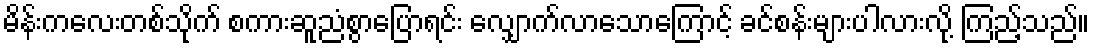
မိန်းကလေးတစ်သိုက် စကားဆူညံစွာပြောရင်း လျှောက်လာသောကြောင့် ခင်စန်းများပါလားလို့ ကြည့်သည်။